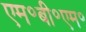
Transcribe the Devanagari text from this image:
एम॰बी॰एम॰